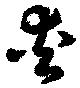
夾